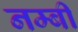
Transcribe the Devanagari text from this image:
नम्बी